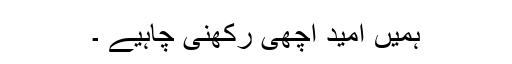
ہمیں امید اچھی رکھنی چاہیے ۔